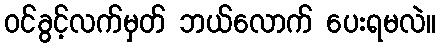
ဝင်ခွင့်လက်မှတ် ဘယ်လောက် ပေးရမလဲ။